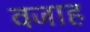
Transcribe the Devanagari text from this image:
वजाह